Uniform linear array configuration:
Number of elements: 32
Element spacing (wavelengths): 0.25
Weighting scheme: hamming
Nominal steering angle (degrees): -45
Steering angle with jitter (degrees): -46.38
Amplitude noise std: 0.05
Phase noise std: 0.05

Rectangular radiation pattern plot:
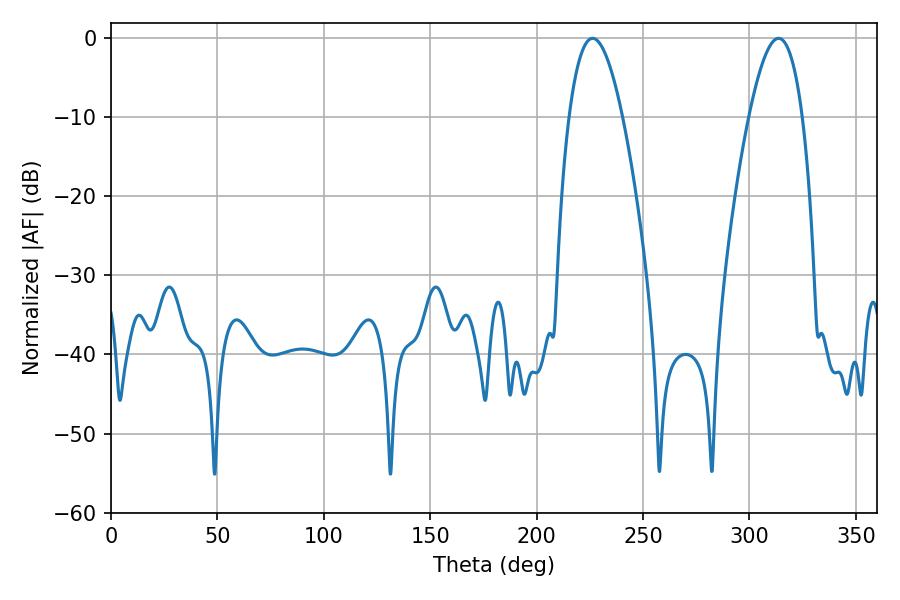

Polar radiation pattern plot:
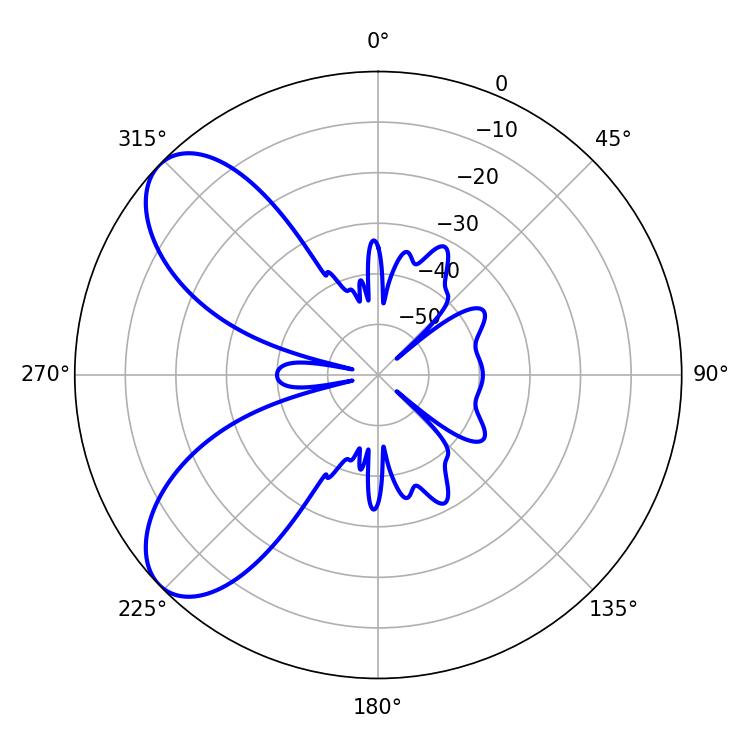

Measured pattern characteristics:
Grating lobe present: FALSE
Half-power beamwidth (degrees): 13.68
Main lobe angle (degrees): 226.26